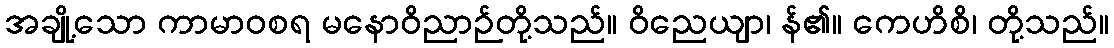
အချို့သော ကာမာဝစရ မနောဝိညာဉ်တို့သည်။ ဝိညေယျာ၊ န်၏။ ကေဟိစိ၊ တို့သည်။